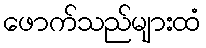
ဖောက်သည်များထံ